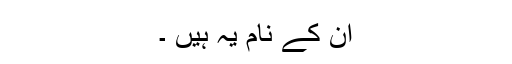
ان کے نام یہ ہیں ۔